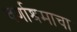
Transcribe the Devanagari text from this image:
वर्णाश्रमाचा